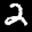
Label: 2